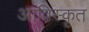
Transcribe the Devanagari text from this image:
आविस्कृत